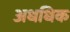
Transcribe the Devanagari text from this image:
अधधिक